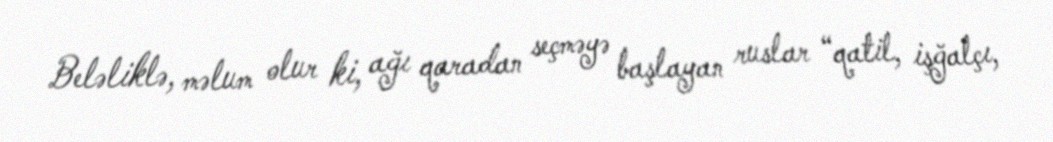
Beləliklə, məlum olur ki, ağı qaradan seçməyə başlayan ruslar “qatil, işğalçı,